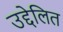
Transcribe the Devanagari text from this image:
उद्देलित